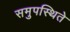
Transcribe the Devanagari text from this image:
समुपस्थिते